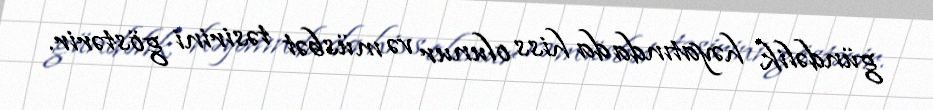
gündəlik həyatında da hiss olunur və müsbət təsirini göstərir.